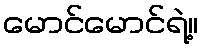
မောင်မောင်ရဲ့။